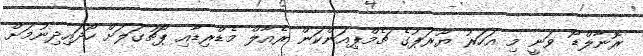
ރޮނާލްޑޯ ވަނީ މި އަހަރު ޔޫރަޕުގެ ޗެމްޕިއަންކަން ރެއާލް މެޑްރިޑާއި ޕޯޗުގަލަށް ހޯދައިދިނުމަށް